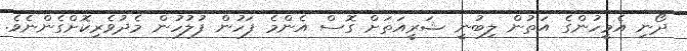
ދޯނި އެމީހުންގެ އަތުން ލިބުނީ ޝަރީއަތަށް ގޮސް އެންމެ ފަހުން ފުލުހުން މެދުވެރިކޮށްގެންނެވެ.